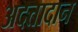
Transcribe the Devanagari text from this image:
अदत्तादान